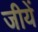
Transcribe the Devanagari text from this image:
जीयें